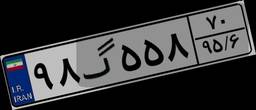
۹۸گ۵۵۸۷۰